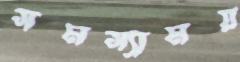
সমস্যাময়